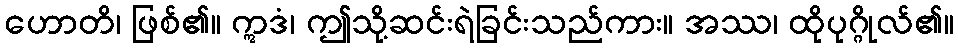
ဟောတိ၊ ဖြစ်၏။ ဣဒံ၊ ဤသို့ဆင်းရဲခြင်းသည်ကား။ အဿ၊ ထိုပုဂ္ဂိုလ်၏။